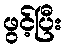
ဖွင့်ပြီး